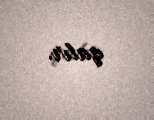
qalır.